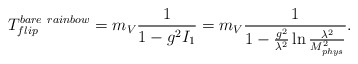
\begin{align*}T_{flip}^{bare \ rainbow}=m_V\frac{1}{1-g^2 I_1} =m_V\frac{1}{1-\frac{g^2}{ \lambda^2}\ln \frac{\lambda^2}{M^2_{phys}}}.\end{align*}